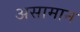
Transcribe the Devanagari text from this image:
असामान